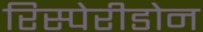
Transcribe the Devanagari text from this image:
रिस्पेरीडोन